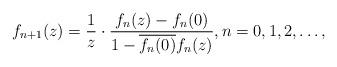
LaTeX: \begin{align*}f_{n+1}(z)=\frac{1}{z}\cdot\frac{f_n(z)-f_n(0)}{1-\overline{f_n(0)}f_n(z)},n=0,1,2,\ldots,\end{align*}